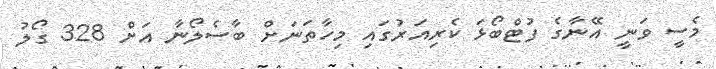
މެސީ ވަނީ އޭނާގެ ފުޓްބޯޅަ ކެރިއަރުގައި މިހާތަނަށް ބާސެލޯނާ އަށް 328 ގޯލު